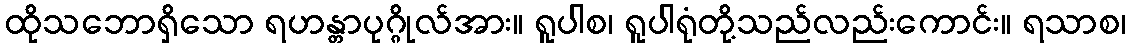
ထိုသဘောရှိသော ရဟန္တာပုဂ္ဂိုလ်အား။ ရူပါစ၊ ရူပါရုံတို့သည်လည်းကောင်း။ ရသာစ၊